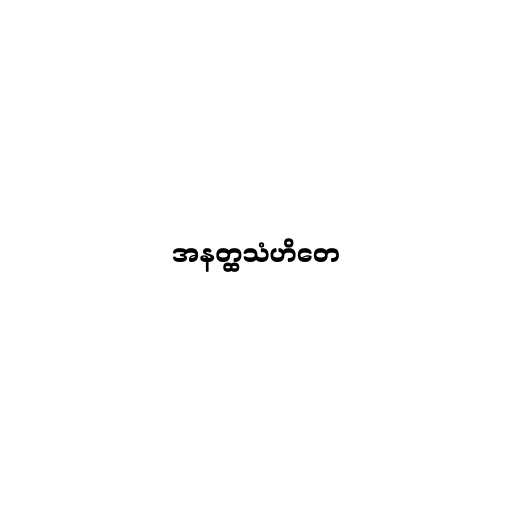
အနတ္ထသံဟိတေ